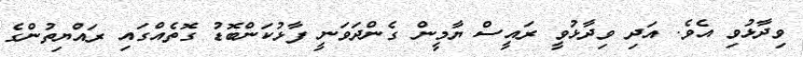
ވިދާޅުވި އެވެ. އަދި ވިދާޅުވީ ރައީސް ޔާމީން ގެންދަވަނީ ފާޅުކަންބޮޑު ގޮތެއްގައި ރައްޔިތުންގެ